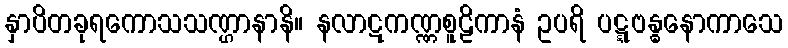
နှာပိတခုရကောသသဏ္ဌာနာနိ။ နလာဋကဏ္ဏစူဠိကာနံ ဥပရိ ပဋ္ဋဗန္ဓနောကာသေ